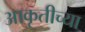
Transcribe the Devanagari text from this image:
आकृतीच्या